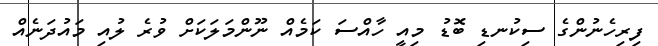
ފިރިހެނުންގެ ސިކުނޑި ބޮޑު މިއީ ހާއްސަ ކަމެއް ނޫންމަލަކަށް ވުރެ ލުއި މައުދަނެއް